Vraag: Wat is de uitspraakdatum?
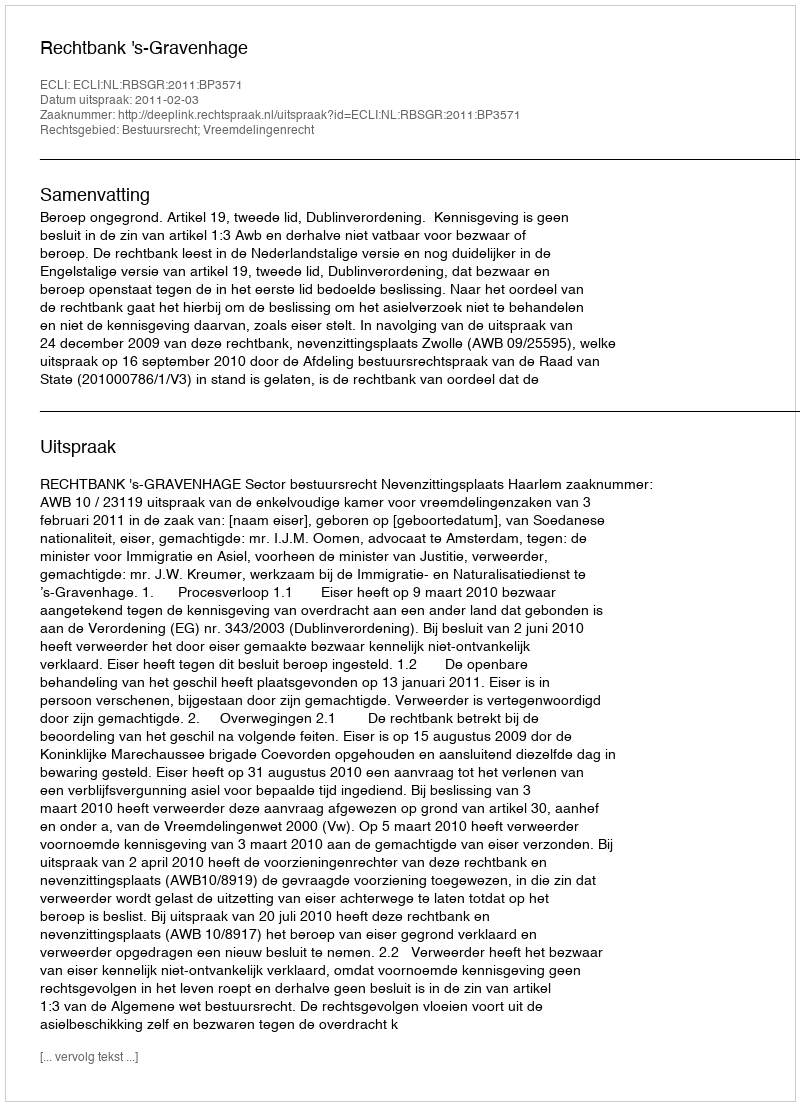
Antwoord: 2011-02-03